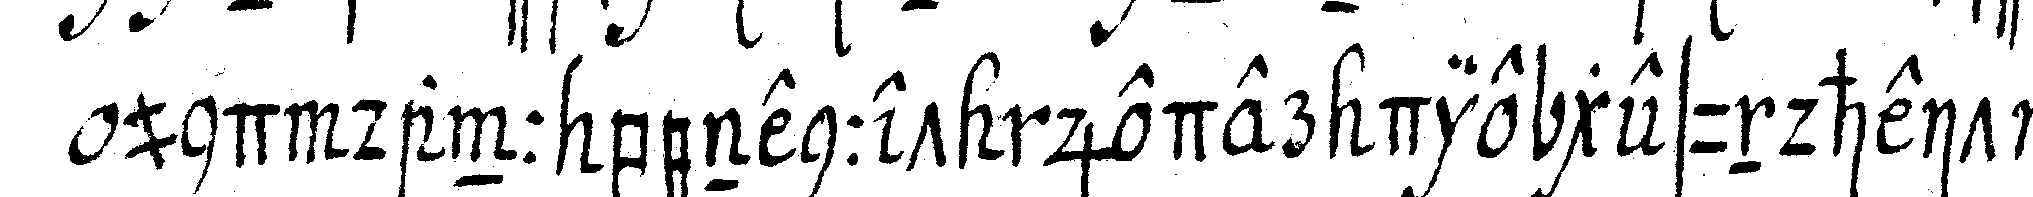
und dann benennet jeder die gesundheit